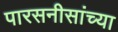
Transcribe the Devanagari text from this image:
पारसनीसांच्या